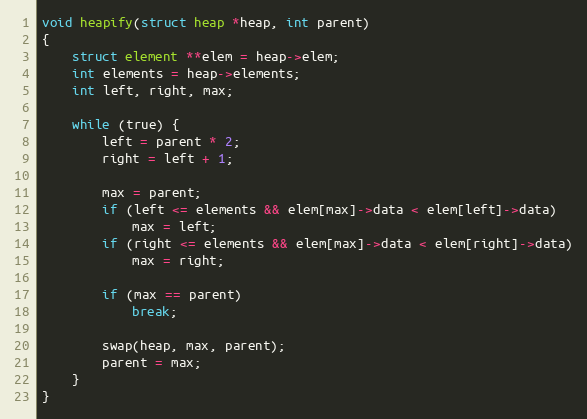
Language: C
void heapify(struct heap *heap, int parent)
{
	struct element **elem = heap->elem;
	int elements = heap->elements;
	int left, right, max;

	while (true) {
		left = parent * 2;
		right = left + 1;

		max = parent;
		if (left <= elements && elem[max]->data < elem[left]->data)
			max = left;
		if (right <= elements && elem[max]->data < elem[right]->data)
			max = right;

		if (max == parent)
			break;

		swap(heap, max, parent);
		parent = max;
	}
}